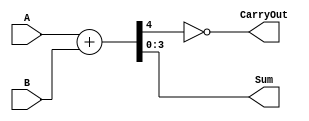

module adder_4bit(
        input wire [3:0] A,
        input wire [3:0] B,
        output wire [3:0] Sum,
        output wire CarryOut
    );




    wire [4:0] temp;

    assign temp = ({1'b0,A}) + ({1'b0,B});
    assign Sum = temp[3:0];
    assign CarryOut =  ~(temp[4]);

endmodule